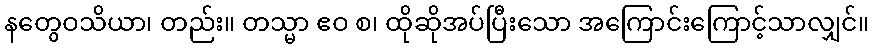
နတွေဝသိယာ၊ တည်း။ တသ္မာ ဧဝ စ၊ ထိုဆိုအပ်ပြီးသော အကြောင်းကြောင့်သာလျှင်။